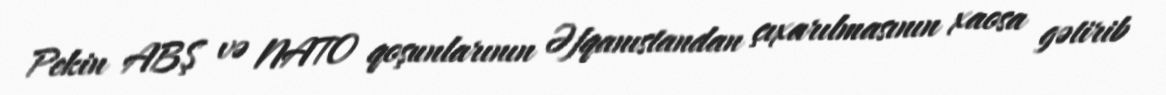
Pekin ABŞ və NATO qoşunlarının Əfqanıstandan çıxarılmasının xaosa gətirib